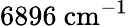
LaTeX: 6896~\mathrm{cm^{-1}}